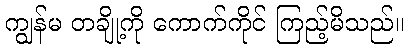
ကျွန်မ တချို့ကို ကောက်ကိုင် ကြည့်မိသည်။